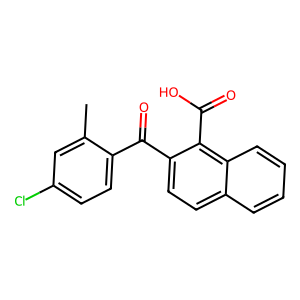
SMILES: Cc1cc(Cl)ccc1C(=O)c1ccc2ccccc2c1C(=O)O
Inhibits HIV replication: No